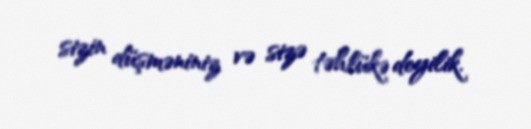
sizin düşməniniz və sizə təhlükə deyilik.